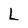
Character: L